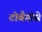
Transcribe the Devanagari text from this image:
टोबैगोसे